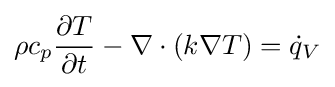
\rho c_{p}{\frac {\partial T}{\partial t}}-\nabla \cdot \left(k\nabla T\right)={\dot {q}}_{V}